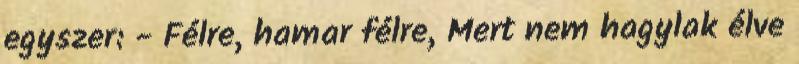
egyszer: - Félre, hamar félre, Mert nem hagylak élve